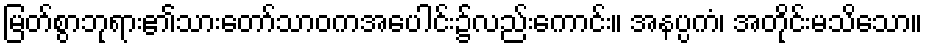
မြတ်စွာဘုရား၏သားတော်သာဝကအပေါင်း၌လည်းကောင်း။ အနပ္ပကံ၊ အတိုင်းမသိသော။